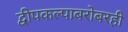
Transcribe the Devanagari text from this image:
द्वीपकल्पाबरोबरही